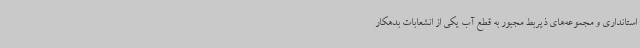
استانداری و مجموعه‌های ذیربط مجبور به قطع آب یکی از انشعابات بدهکار